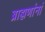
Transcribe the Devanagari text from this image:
ब्राह्मणांनां